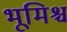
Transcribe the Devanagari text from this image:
भूमिश्च